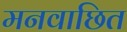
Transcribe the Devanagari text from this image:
मनवाछित